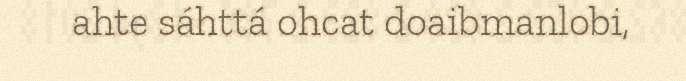
ahte sáhttá ohcat doaibmanlobi,